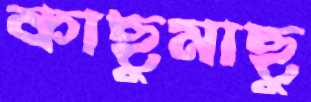
কাছুমাছু